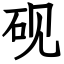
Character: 砚